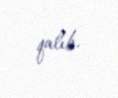
qalıb.